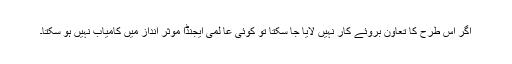
اگر اس طرح کا تعاون بروئے کار نہیں لایا جا سکتا تو کوئی عا لمی ایجنڈا مؤثر انداز میں کامیاب نہیں ہو سکتا۔